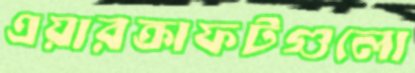
এয়ারক্রাফটগুলো